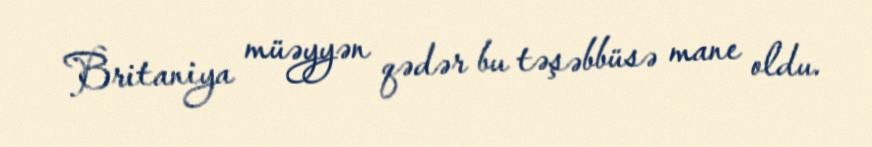
Britaniya müəyyən qədər bu təşəbbüsə mane oldu.